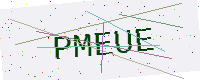
Text: PMEUE